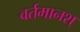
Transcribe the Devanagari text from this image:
वर्तमानश्